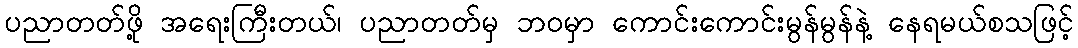
ပညာတတ်ဖို့ အရေးကြီးတယ်၊ ပညာတတ်မှ ဘဝမှာ ကောင်းကောင်းမွန်မွန်နဲ့ နေရမယ်စသဖြင့်